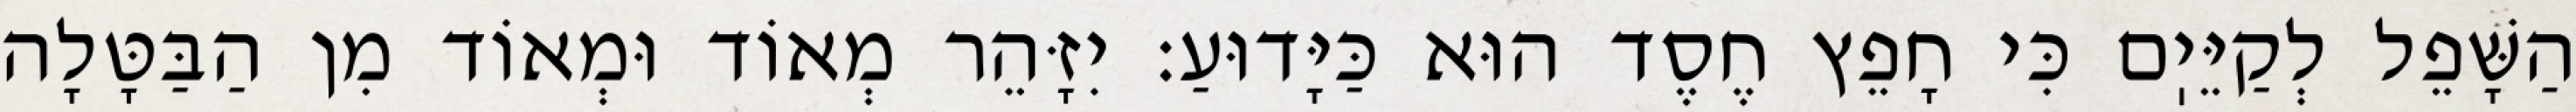
הַשָּׁפֵל לְקַיֵּיֽם כִּי חָפֵץ חֶסֶד הוּא כַּיָּדוּעַ: יִזָּהֵר מְאוֹד וּמְאוֹד מִן הַבַּטָּלָה